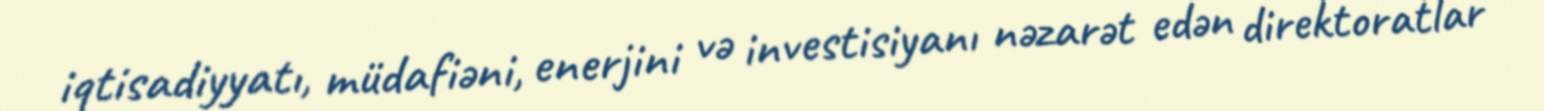
iqtisadiyyatı, müdafiəni, enerjini və investisiyanı nəzarət edən direktoratlar